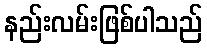
နည်းလမ်းဖြစ်ပါသည်